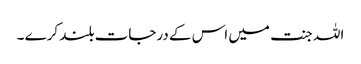
اللہ جنت میں اس کے درجات بلند کرے ۔